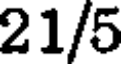
21/5